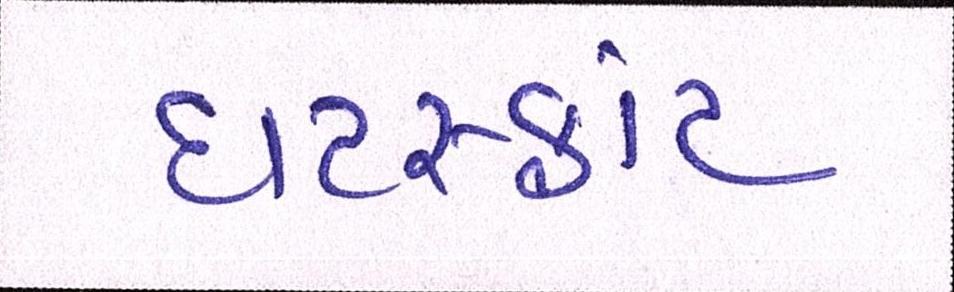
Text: ઘટસ્ફોટ